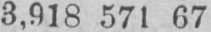
3,918 571 67